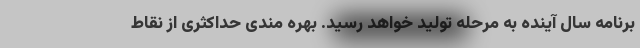
برنامه سال آینده به مرحله تولید خواهد رسید. بهره مندی حداکثری از نقاط